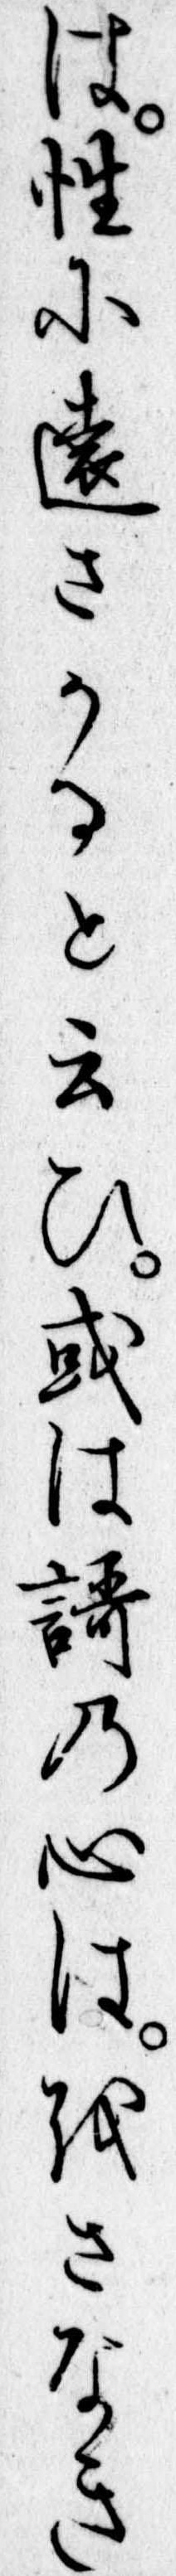
は性に遠さかると云ひ或は歌の心はをさなき